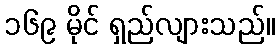
၁၆၉ မိုင် ရှည်လျားသည်။